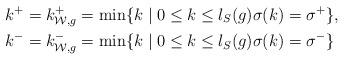
LaTeX: \begin{align*} k^+ = k_{\mathcal{W},g}^+ & = \min \{ k \mid 0 \le k \le l_S(g) \sigma(k) = \sigma^+ \}, \\ k^- = k_{\mathcal{W},g}^- & = \min \{ k \mid 0 \le k \le l_S(g) \sigma(k) = \sigma^- \} \end{align*}